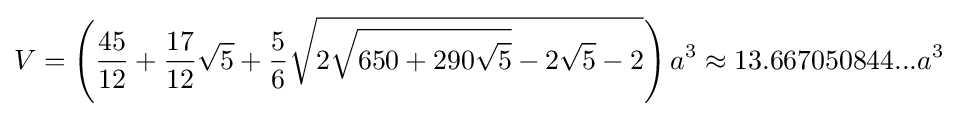
V=\left({\frac {45}{12}}+{\frac {17}{12}}{\sqrt {5}}+{\frac {5}{6}}{\sqrt {2{\sqrt {650+290{\sqrt {5}}}}-2{\sqrt {5}}-2}}\right)a^{3}\approx 13.667050844...a^{3}